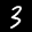
Label: 3